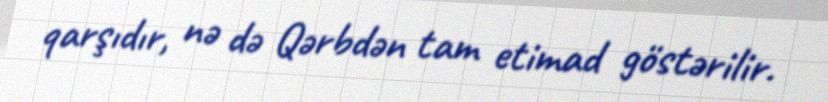
qarşıdır, nə də Qərbdən tam etimad göstərilir.